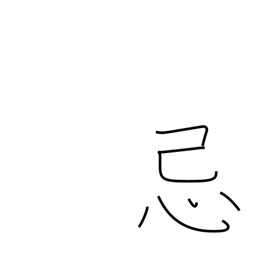
Meaning: mourning